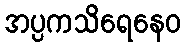
အပ္ပကသိရေနေဝ